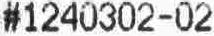
#1240302-02